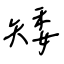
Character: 矮